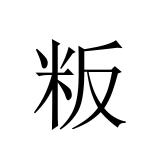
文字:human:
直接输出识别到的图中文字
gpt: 粄